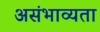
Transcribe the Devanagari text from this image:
असंभाव्यता